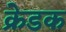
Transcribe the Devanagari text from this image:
क्रेडक